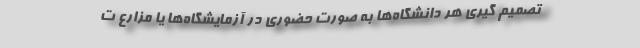
تصمیم گیری هر دانشگاه‌ها به صورت حضوری در آزمایشگاه‌ها یا مزارع ت